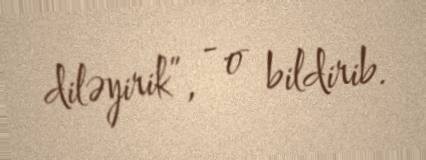
diləyirik”, - o bildirib.